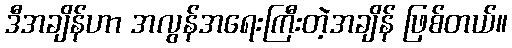
ဒီအချိန်ဟာ အလွန်အရေးကြီးတဲ့အချိန် ဖြစ်တယ်။